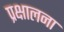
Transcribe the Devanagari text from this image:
प्रक्षालना